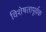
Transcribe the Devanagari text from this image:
विशेषतापूर्वक